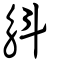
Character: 斛